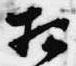
相